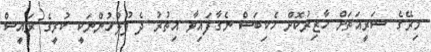
މިރޭގެ ޝަރީއަތަށް ހާޒިރުކޮށް ހެކިބަސް ނެގާފައިވާ އިތުރު ދެ ފުލުހުންނަކީ ކުރީގެ ރައީސް